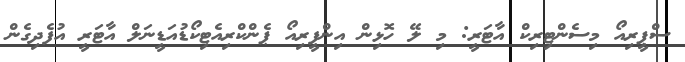
ސްޕީރިއޯ މިސެންޓިރިކް އާޓަރީ: މި ލޭ ހޮޅިން އިންފީރިއޯ ޕެންކްރިއެޓިކޯޑުއަޑީނަލް އާޓަރީ އުފެދިގެން